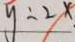
y = 2 x